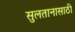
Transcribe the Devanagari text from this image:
सुलतानासाठी